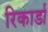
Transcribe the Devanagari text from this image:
रिकार्डा